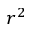
r ^ { 2 }